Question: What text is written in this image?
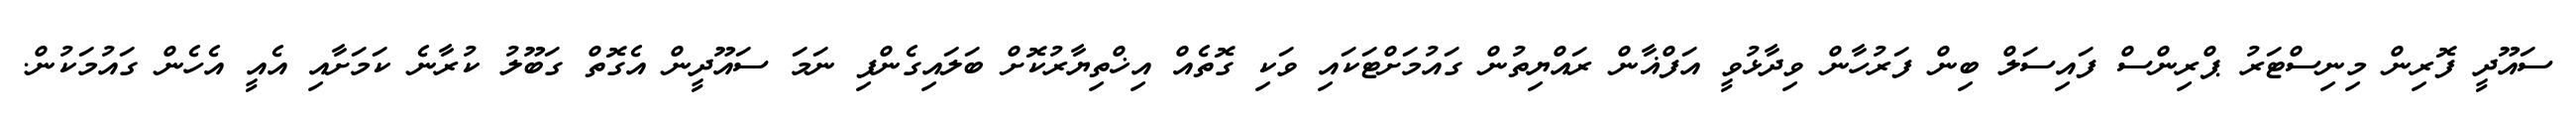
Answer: ސައޫދީ ފޮރިން މިނިސްޓަރު ޕްރިންސް ފައިސަލް ބިން ފަރުހާން ވިދާޅުވީ އަފްޣާން ރައްޔިތުން ގައުމަށްޓަކައި ވަކި ގޮތެއް އިޚްތިޔާރުކޮށް ބަލައިގެންފި ނަމަ ސައޫދީން އެގޮތް ގަބޫލު ކުރާނެ ކަމަށާއި އެއީ އެހެން ގައުމަކުން.